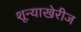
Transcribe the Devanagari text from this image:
शून्याखेरीज